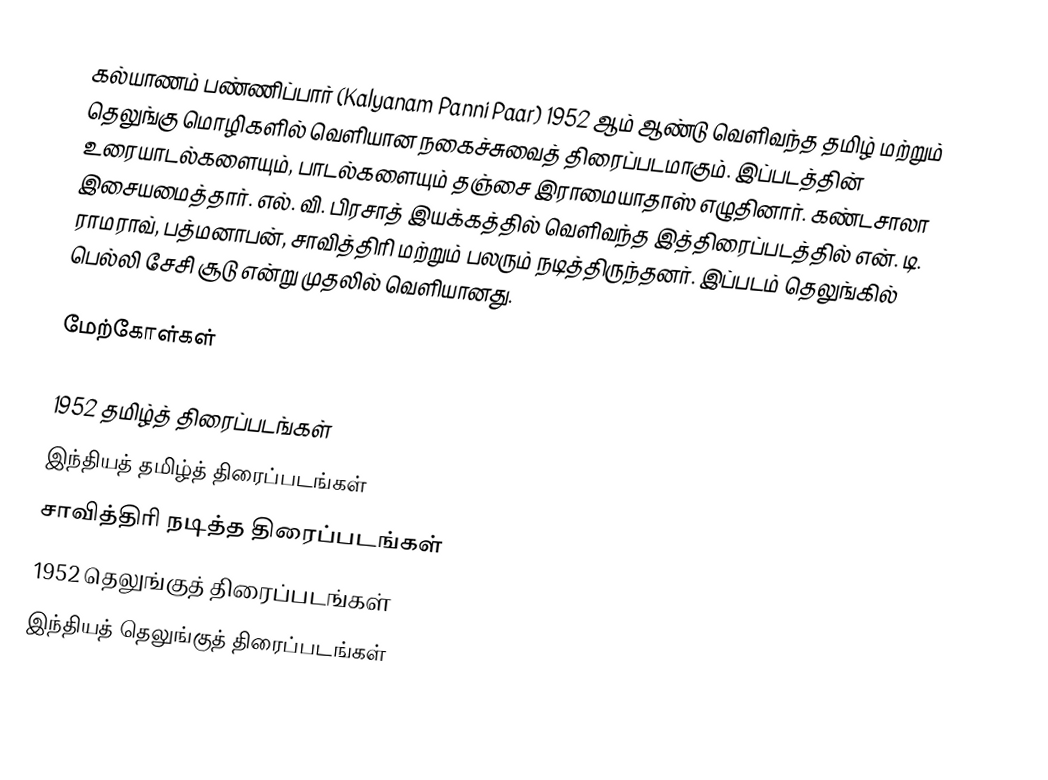
கல்யாணம் பண்ணிப்பார் (Kalyanam Panni Paar) 1952 ஆம் ஆண்டு வெளிவந்த தமிழ் மற்றும் தெலுங்கு மொழிகளில் வெளியான நகைச்சுவைத் திரைப்படமாகும். இப்படத்தின் உரையாடல்களையும், பாடல்களையும் தஞ்சை இராமையாதாஸ் எழுதினார்.  கண்டசாலா இசையமைத்தார். எல். வி. பிரசாத் இயக்கத்தில் வெளிவந்த இத்திரைப்படத்தில் என். டி. ராமராவ், பத்மனாபன், சாவித்திரி மற்றும் பலரும் நடித்திருந்தனர். இப்படம் தெலுங்கில் பெல்லி சேசி சூடு என்று முதலில் வெளியானது.

மேற்கோள்கள்

1952 தமிழ்த் திரைப்படங்கள்
இந்தியத் தமிழ்த் திரைப்படங்கள்
சாவித்திரி நடித்த திரைப்படங்கள்
1952 தெலுங்குத் திரைப்படங்கள்
இந்தியத் தெலுங்குத் திரைப்படங்கள்